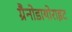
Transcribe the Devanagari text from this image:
ग्रैनोडायोराइट